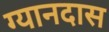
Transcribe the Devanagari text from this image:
ग्यानदास